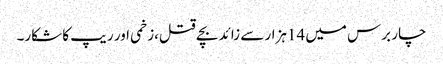
چار برس میں 14ہزار سے زائد بچے قتل،زخمی اور ریپ کا شکار۔